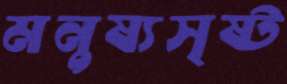
মনুষ্যসৃষ্ট